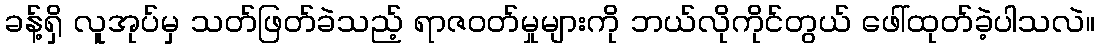
ခန့်ရှိ လူအုပ်မှ သတ်ဖြတ်ခဲသည့် ရာဇဝတ်မှုများကို ဘယ်လိုကိုင်တွယ် ဖေါ်ထုတ်ခဲ့ပါသလဲ။